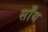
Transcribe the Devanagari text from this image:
साँय